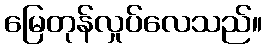
မြေတုန်လှုပ်လေသည်။